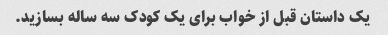
یک داستان قبل از خواب برای یک کودک سه ساله بسازید.